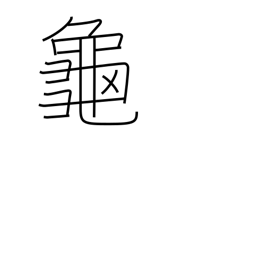
Meaning: turtle